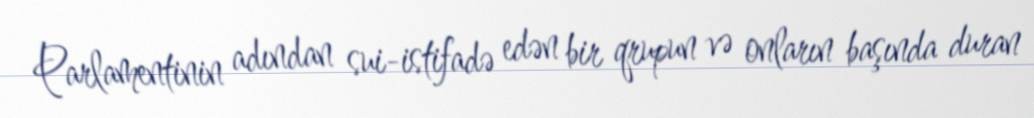
Parlamentinin adından sui-istifadə edən bir qrupun və onların başında duran